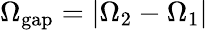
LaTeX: \Omega_{\mathrm{{gap}}}=|\Omega_{2}-\Omega_{1}|